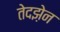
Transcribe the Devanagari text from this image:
तेदझ़ेन